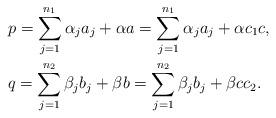
LaTeX: \begin{align*}&p = \sum_{j = 1}^{n_1}\alpha_j a_j + \alpha a = \sum_{j = 1}^{n_1}\alpha_j a_j + \alpha c_1c,\\&q = \sum_{j = 1}^{n_2}\beta_j b_j + \beta b = \sum_{j = 1}^{n_2}\beta_j b_j + \beta cc_2.\end{align*}